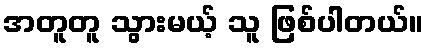
အတူတူ သွားမယ့် သူ ဖြစ်ပါတယ်။